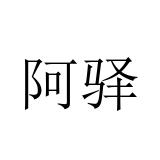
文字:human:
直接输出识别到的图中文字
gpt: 阿驿